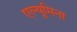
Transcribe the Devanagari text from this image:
एल्यूमिना